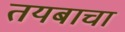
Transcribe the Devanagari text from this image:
तयबाचा